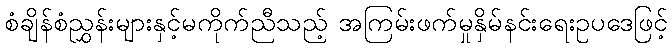
စံချိန်စံညွှန်းများနှင့်မကိုက်ညီသည့် အကြမ်းဖက်မှုနှိမ်နင်းရေးဥပဒေဖြင့်